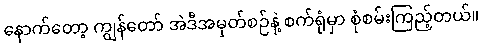
နောက်တော့ ကျွန်တော် အဲဒီအမှတ်စဉ်နဲ့ စက်ရုံမှာ စုံစမ်းကြည့်တယ်။